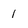
Character: 1